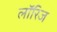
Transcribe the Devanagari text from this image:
लॉरिज